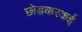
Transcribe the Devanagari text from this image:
छोड़करकई